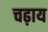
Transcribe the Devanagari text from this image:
चढ़ाय